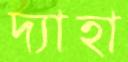
দ্যাহা